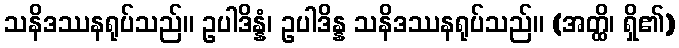
သနိဒဿနရုပ်သည်။ ဥပါဒိန္နံ၊ ဥပါဒိန္န သနိဒဿနရုပ်သည်။ (အတ္ထိ၊ ရှိ၏)